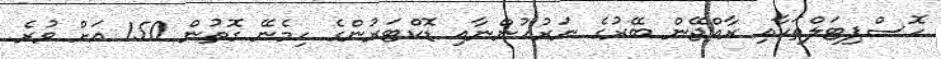
ހޮސްޕިޓަލްތަކާއި ރާއްޖޭން ބޭރުގެ ނަރުހުންނާއި ޑޮކްޓަރުންގެ ހިމެނޭ ގޮތުން 150 އަށް ވުރެ